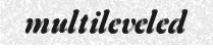
multileveled